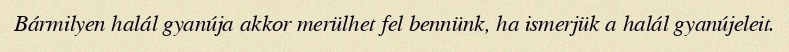
Bármilyen halál gyanúja akkor merülhet fel bennünk, ha ismerjük a halál gyanújeleit.